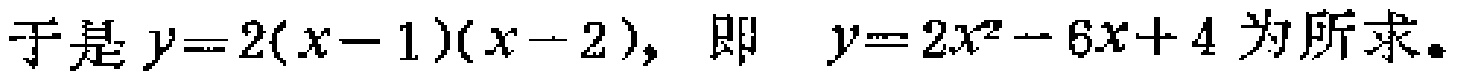
于是 \(y = 2(x - 1)(x - 2)\)，即 \(y = 2x^{2}-6x + 4\) 为所求。